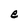
Character: e